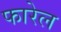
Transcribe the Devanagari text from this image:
फारेल